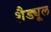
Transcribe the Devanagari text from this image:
शैड्यूल